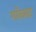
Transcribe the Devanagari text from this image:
गॉब्लट